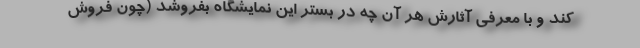
کند و با معرفی آثارش هر آن چه در بستر این نمایشگاه بفروشد (چون فروش